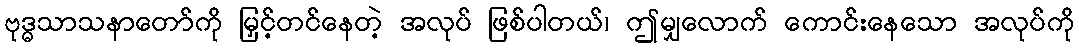
ဗုဒ္ဓသာသနာတော်ကို မြှင့်တင်နေတဲ့ အလုပ် ဖြစ်ပါတယ်၊ ဤမျှလောက် ကောင်းနေသော အလုပ်ကို